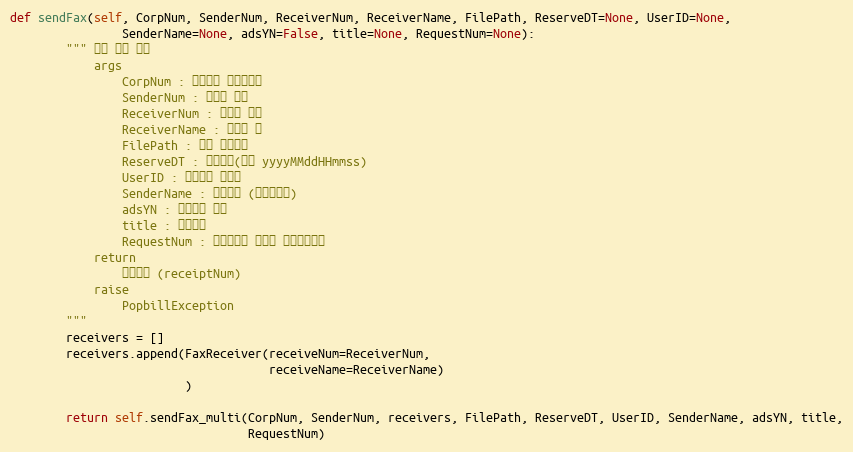
Language: Python
def sendFax(self, CorpNum, SenderNum, ReceiverNum, ReceiverName, FilePath, ReserveDT=None, UserID=None,
                SenderName=None, adsYN=False, title=None, RequestNum=None):
        """ 팩스 단건 전송
            args
                CorpNum : 팝빌회원 사업자번호
                SenderNum : 발신자 번호
                ReceiverNum : 수신자 번호
                ReceiverName : 수신자 명
                FilePath : 발신 파일경로
                ReserveDT : 예약시간(형식 yyyyMMddHHmmss)
                UserID : 팝빌회원 아이디
                SenderName : 발신자명 (동보전송용)
                adsYN : 광고팩스 여부
                title : 팩스제목
                RequestNum : 전송요청시 할당한 전송요청번호
            return
                접수번호 (receiptNum)
            raise
                PopbillException
        """
        receivers = []
        receivers.append(FaxReceiver(receiveNum=ReceiverNum,
                                     receiveName=ReceiverName)
                         )

        return self.sendFax_multi(CorpNum, SenderNum, receivers, FilePath, ReserveDT, UserID, SenderName, adsYN, title,
                                  RequestNum)